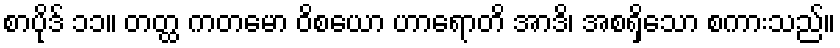
စာပိုဒ် ၁၁။ တတ္ထ ကတမော ဝိစယော ဟာရောတိ အာဒိ၊ အစရှိသော စကားသည်။